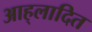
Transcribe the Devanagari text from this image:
आह्‌लादित